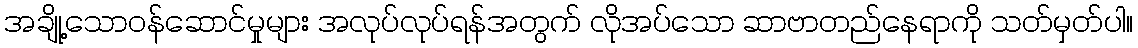
အချို့သောဝန်ဆောင်မှုများ အလုပ်လုပ်ရန်အတွက် လိုအပ်သော ဆာဗာတည်နေရာကို သတ်မှတ်ပါ။